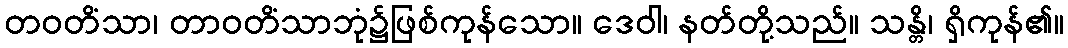
တဝတိံသာ၊ တာဝတိံသာဘုံ၌ဖြစ်ကုန်သော။ ဒေဝါ၊ နတ်တို့သည်။ သန္တိ၊ ရှိကုန်၏။